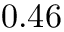
0 . 4 6